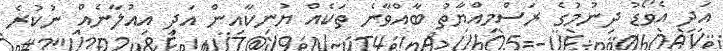
އަދި އެވޯޑު ދިނުމުގެ ރަސްމިއްޔާތު ބާއްވާނެ ތަކެއް ޔުނިކާއިން އަދި އިއުލާނެއް ނުކުރެ